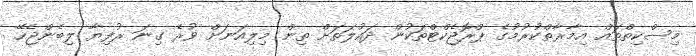
މިސްކިތްތައް އިމާރާތްކުރުމުގެ ޕްރޮޖެކްޓްތަކުން ދައުލަތަށް ތިން މިލިއަނަށް ވުރެ ގިނަ ރުފިޔާ ލިބެންޖެހޭ